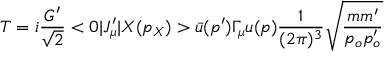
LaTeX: T = i \frac { G ^ { \prime } } { \sqrt { 2 } } < 0 | J _ { \mu } ^ { \prime } | X ( p _ { X } ) > \bar { u } ( p ^ { \prime } ) \Gamma _ { \mu } u ( p ) \frac { 1 } { ( 2 \pi ) ^ { 3 } } \sqrt { \frac { m m ^ { \prime } } { p _ { o } p _ { o } ^ { \prime } } }